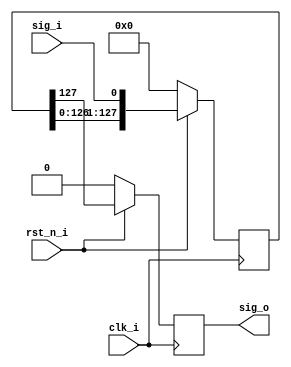
// ***************************************************************************
// ***************************************************************************
// Copyright 2014 - 2017 (c) Analog Devices, Inc. All rights reserved.
//
// In this HDL repository, there are many different and unique modules, consisting
// of various HDL (Verilog or VHDL) components. The individual modules are
// developed independently, and may be accompanied by separate and unique license
// terms.
//
// The user should read each of these license terms, and understand the
// freedoms and responsibilities that he or she has by using this source/core.
//
// This core is distributed in the hope that it will be useful, but WITHOUT ANY
// WARRANTY; without even the implied warranty of MERCHANTABILITY or FITNESS FOR
// A PARTICULAR PURPOSE.
//
// Redistribution and use of source or resulting binaries, with or without modification
// of this file, are permitted under one of the following two license terms:
//
//   1. The GNU General Public License version 2 as published by the
//      Free Software Foundation, which can be found in the top level directory
//      of this repository (LICENSE_GPL2), and also online at:
//      <https://www.gnu.org/licenses/old-licenses/gpl-2.0.html>
//
// OR
//
//   2. An ADI specific BSD license, which can be found in the top level directory
//      of this repository (LICENSE_ADIBSD), and also on-line at:
//      https://github.com/analogdevicesinc/hdl/blob/master/LICENSE_ADIBSD
//      This will allow to generate bit files and not release the source code,
//      as long as it attaches to an ADI device.
//
// ***************************************************************************
// ***************************************************************************

`timescale 1ns / 1ps

module delay
//----------- Parameters Declarations -------------------------------------------
#(
    parameter DELAY = 128
)
//----------- Ports Declarations -----------------------------------------------
(
    input       clk_i,
    input       rst_n_i,
    input       sig_i,
    output reg  sig_o
);
//------------------------------------------------------------------------------
//----------- Registers Declarations -------------------------------------------
//------------------------------------------------------------------------------
reg [DELAY-1:0] shift_reg;

//------------------------------------------------------------------------------
//----------- Assign/Always Blocks ---------------------------------------------
//------------------------------------------------------------------------------
always @(posedge clk_i)
begin
    if(rst_n_i == 0)
    begin
        shift_reg   <= 0;
        sig_o       <= 0;
    end
    else
    begin
        shift_reg   <= {shift_reg[DELAY-2:0], sig_i};
        sig_o       <= shift_reg[DELAY-1];
    end
end

endmodule